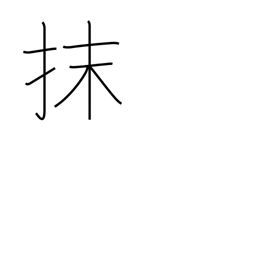
Meaning: erase